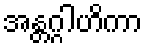
အန္တဂ္ဂါဟိကာ